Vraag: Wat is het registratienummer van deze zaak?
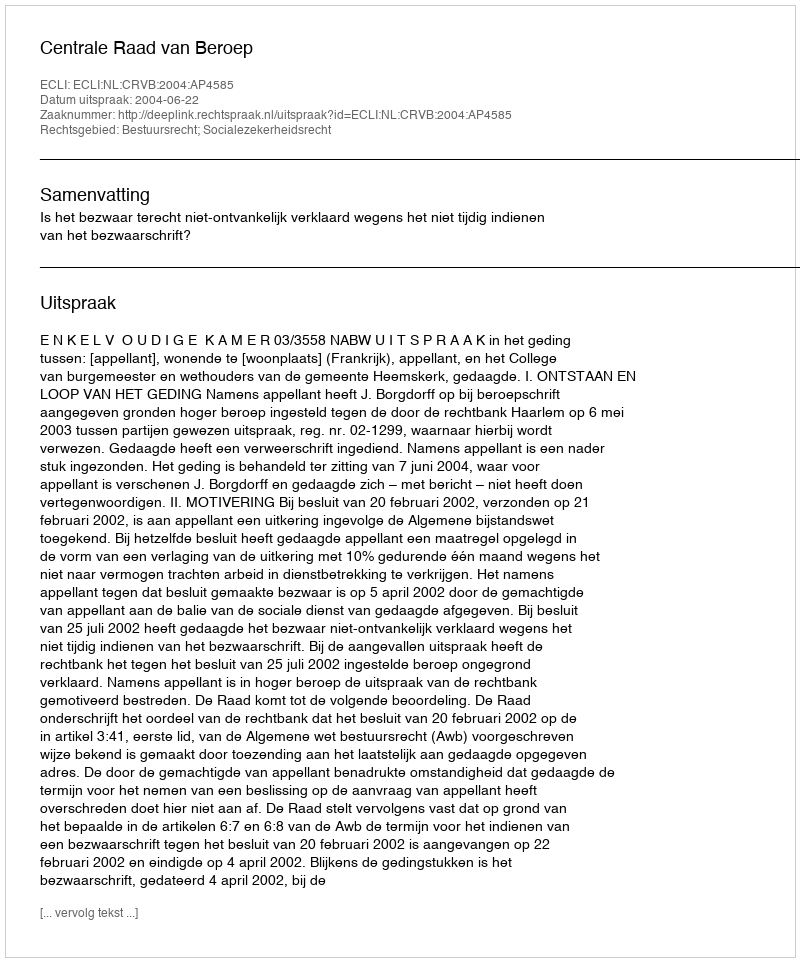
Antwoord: http://deeplink.rechtspraak.nl/uitspraak?id=ECLI:NL:CRVB:2004:AP4585